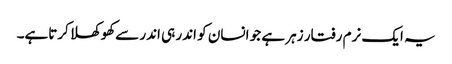
یہ ایک نرم رفتار زہر ہے جو انسان کو اندر ہی اندر سےکھوکھلا کرتاہے۔